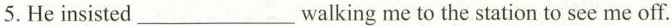
5. He insisted ___ walking me to the station to see me off.